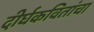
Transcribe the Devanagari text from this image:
दीर्घकवितांचा